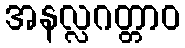
အနလ္လဂတ္တာဝ